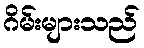
ဂိမ်းများသည်